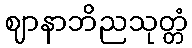
ဈာနာဘိညသုတ္တံ